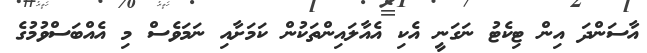
އާސަންދަ އިން ޓިކެޓު ނަގަނީ އެކި އެއާލައިންތަކުން ކަމަށާއި ނަމަވެސް މި އެއްބަސްވުމުގެ